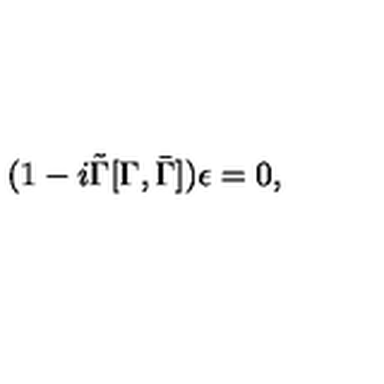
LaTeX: ( 1 - i \tilde { \Gamma } [ \Gamma , \bar { \Gamma } ] ) \epsilon = 0 ,